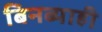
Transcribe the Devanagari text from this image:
बिनब्याही